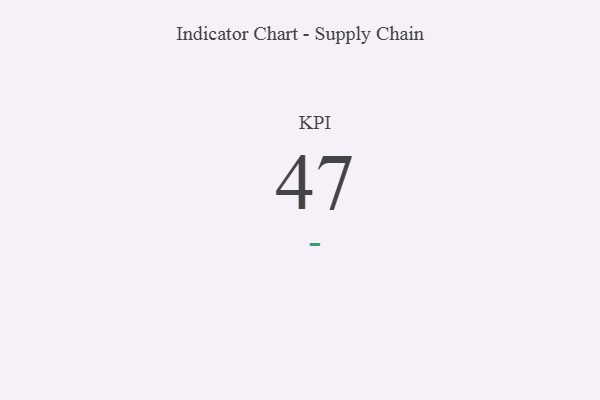
{"axis": {"x": "KPI", "y": "Value"}, "legend": [""], "data": [{"x": "KPI", "y": 47, "type": ""}]}